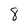
Character: 8